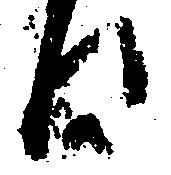
日